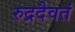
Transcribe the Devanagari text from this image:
रुद्रदैवतं